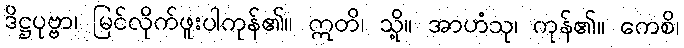
ဒိဋ္ဌပုဗ္ဗာ၊ မြင်လိုက်ဖူးပါကုန်၏။ ဣတိ၊ သို့။ အာဟံသု၊ ကုန်၏။ ကေစိ၊